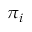
\pi _ { i }